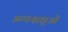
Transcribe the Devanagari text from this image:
अन्तश्चक्षुओं